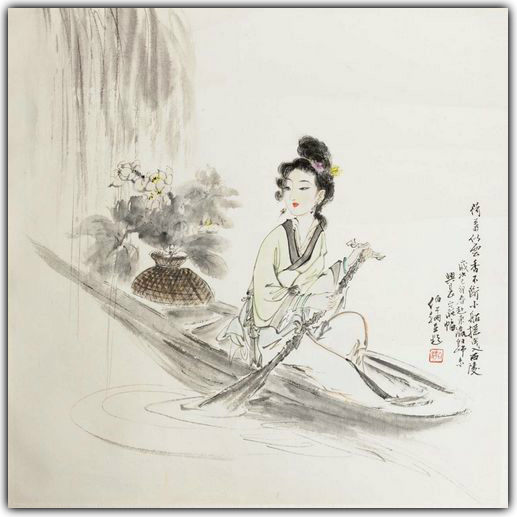
一曲危弦断客肠。津桥捩柂转牙樯。